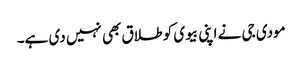
مودی جی نے اپنی بیوی کو طلاق بھی نہیں دی ہے۔